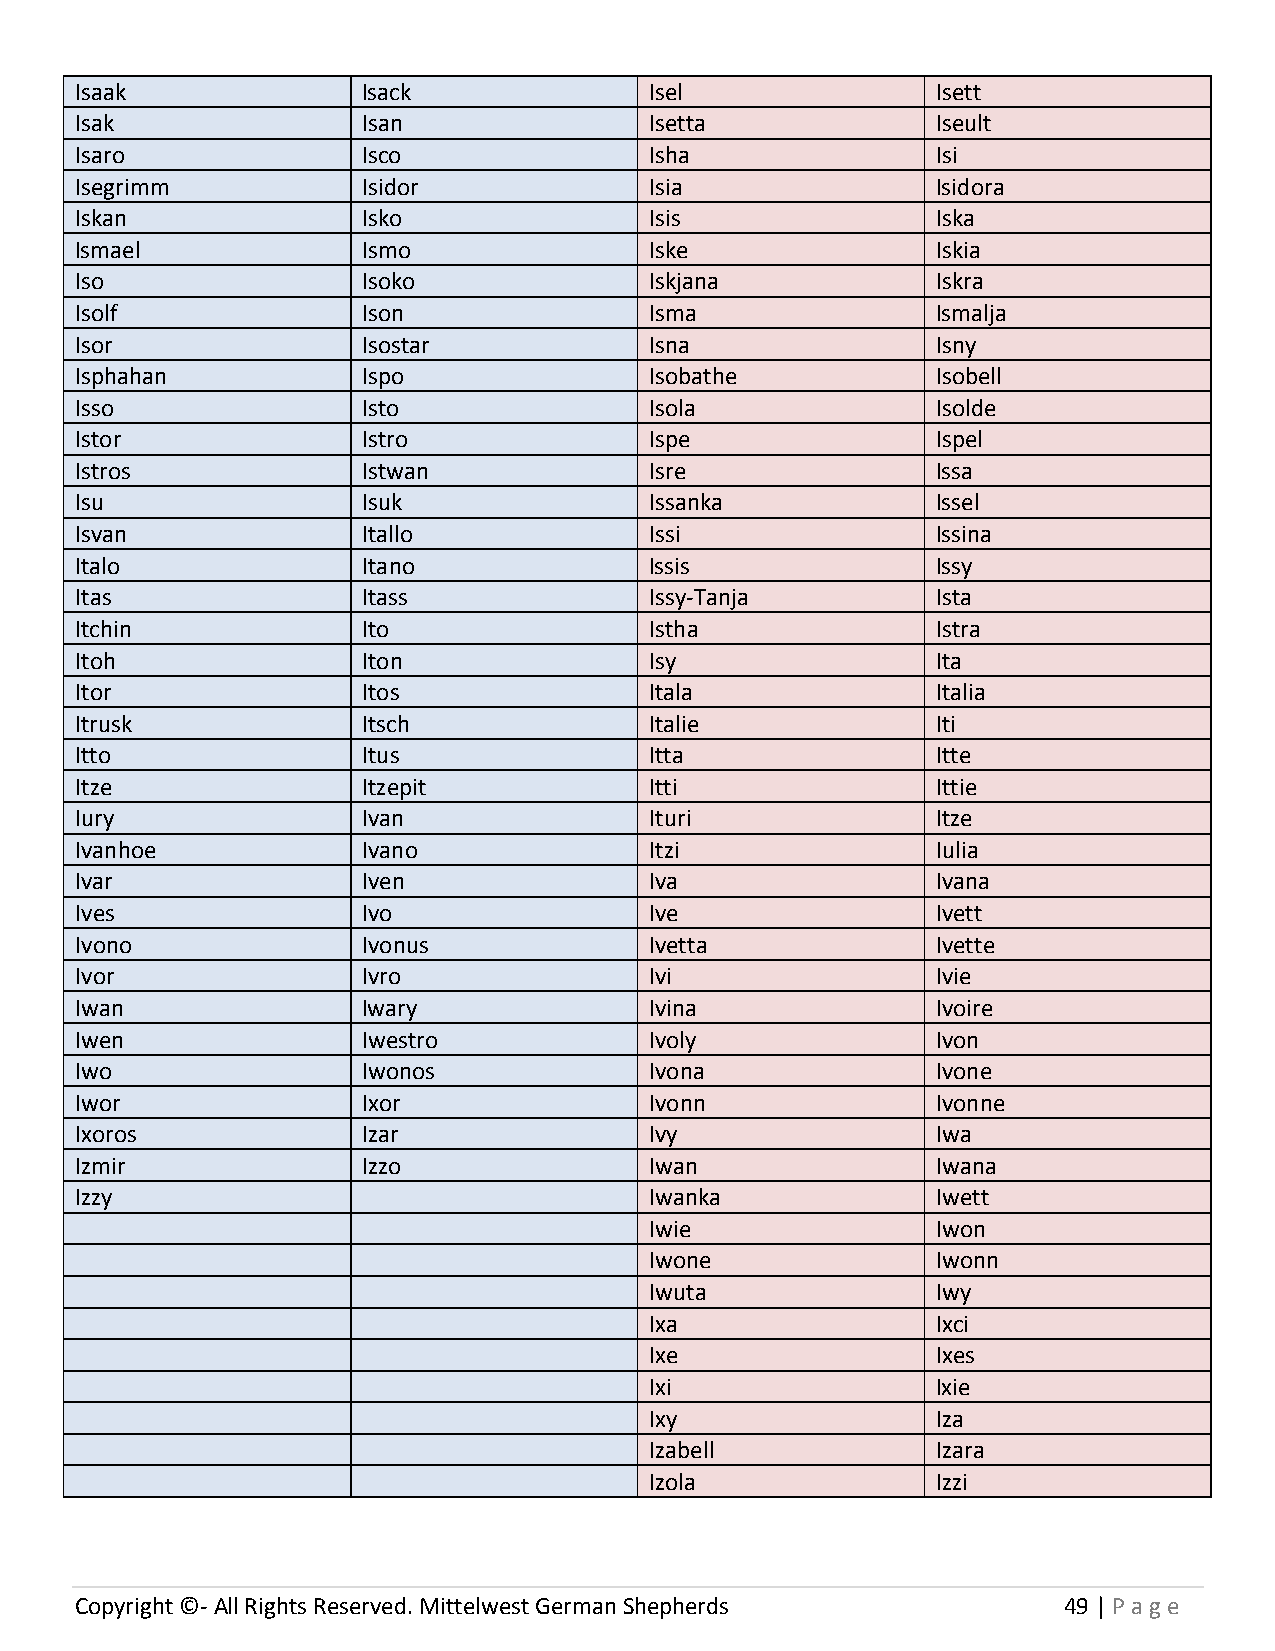
Isaak              Isack              Isel               Isett
 Isak               Isan               Isetta             Iseult
 Isaro              Isco               Isha               Isi
 Isegrimm           Isidor             Isia               Isidora
 Iskan              Isko               Isis               Iska
 Ismael             Ismo               Iske               Iskia
 Iso                Isoko              Iskjana            Iskra
 Isolf              Ison               Isma               Ismalja
 Isor               Isostar            Isna               Isny
 Isphahan           Ispo               Isobathe           Isobell
 Isso               Isto               Isola              Isolde
 Istor              Istro              Ispe               Ispel
 Istros             Istwan             Isre               Issa
 Isu                Isuk               Issanka            Issel
 Isvan              Itallo             Issi               Issina
 Italo              Itano              Issis              Issy
 Itas               Itass              Issy-Tanja         Ista
 Itchin             Ito                Istha              Istra
 Itoh               Iton               Isy                Ita
 Itor               Itos               Itala              Italia
 Itrusk             Itsch              Italie             Iti
 Itto               Itus               Itta               Itte
 Itze               Itzepit            Itti               Ittie
 Iury               Ivan               Ituri              Itze
 Ivanhoe            Ivano              Itzi               Iulia
 Ivar               Iven               Iva                Ivana
 Ives               Ivo                Ive                Ivett
 Ivono              Ivonus             Ivetta             Ivette
 Ivor               Ivro               Ivi                Ivie
 Iwan               Iwary              Ivina              Ivoire
 Iwen               Iwestro            Ivoly              Ivon
 Iwo                Iwonos             Ivona              Ivone
 Iwor               Ixor               Ivonn              Ivonne
 Ixoros             Izar               Ivy                Iwa
 Izmir              Izzo               Iwan               Iwana
 Izzy                                  Iwanka             Iwett
 Iwie               Iwon
 Iwone              Iwonn
 Iwuta              Iwy
 Ixa                Ixci
 Ixe                Ixes
 Ixi                Ixie
 Ixy                Iza
 Izabell            Izara
 Izola              Izzi
 Copyright ©- All Rights Reserved. Mittelwest German Shepherds    49 | P age